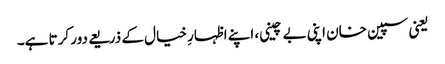
یعنی سپین خان اپنی بے چینی، اپنے اظہارِ خیال کے ذریعے دور کرتا ہے۔